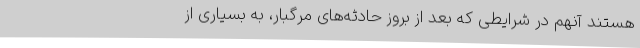
هستند آنهم در شرایطی که بعد از بروز حادثه‌های مرگبار، به بسیاری از